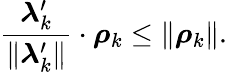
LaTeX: \frac{\boldsymbol{\lambda}_{k}^{\prime}}{\| \boldsymbol{\lambda}_{k}^{\prime}\| }\cdot\boldsymbol{\rho}_{k}\leq\| \boldsymbol{\rho}_{k}\| .